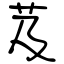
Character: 芨